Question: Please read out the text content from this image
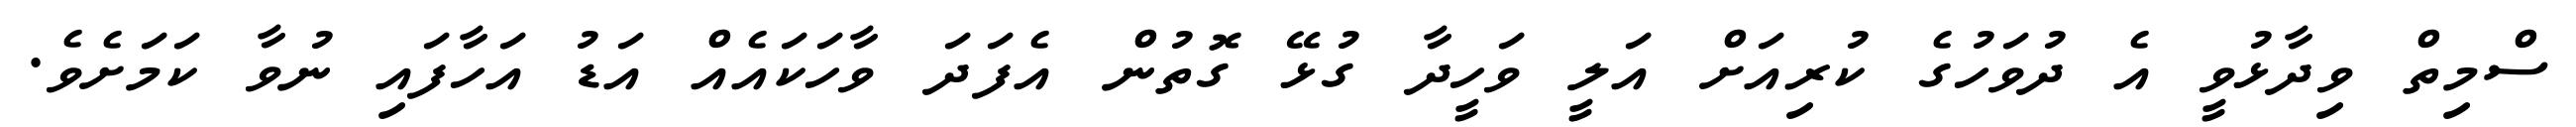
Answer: ސްމިތް ވިދާޅުވީ އެ ދުވަހުގެ ކުރިއަށް އަލީ ވަހީދާ ގުޅޭ ގޮތުން އެފަދަ ވާހަކައެއް އަޑު އަހާފައި ނުވާ ކަމަށެވެ.